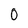
Character: 0